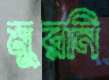
মুরনি